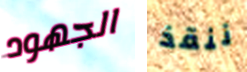
الجهود ننقذ